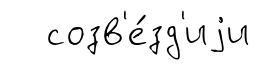
созв'е́зд'иjи